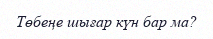
Төбеңе шығар күн бар ма?